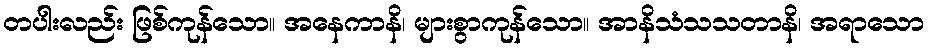
တပါးလည်း ဖြစ်ကုန်သော။ အနေကာနိ၊ များစွာကုန်သော။ အာနိသံသသတာနိ၊ အရာသော